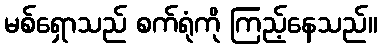
မစ်ရှောသည် စက်ရုံကို ကြည့်နေသည်။